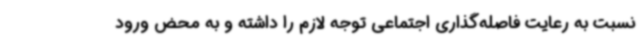
نسبت به رعایت فاصله‌گذاری اجتماعی توجه لازم را داشته و به محض ورود